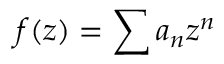
f ( z ) = \sum a _ { n } z ^ { n }